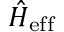
{ \hat { H } } _ { \mathrm { e f f } }